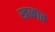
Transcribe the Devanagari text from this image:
खब्बाब